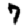
Digit: 7